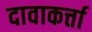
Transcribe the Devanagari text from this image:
दावाकर्त्ता